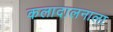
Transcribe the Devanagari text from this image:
कलादालनाला